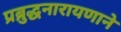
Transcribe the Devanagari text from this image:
प्रब्रुद्धनारायणाने